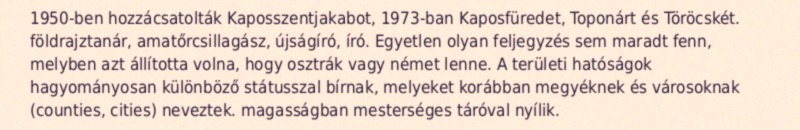
1950-ben hozzácsatolták Kaposszentjakabot, 1973-ban Kaposfüredet, Toponárt és Töröcskét. földrajztanár, amatőrcsillagász, újságíró, író. Egyetlen olyan feljegyzés sem maradt fenn, melyben azt állította volna, hogy osztrák vagy német lenne. A területi hatóságok hagyományosan különböző státusszal bírnak, melyeket korábban megyéknek és városoknak (counties, cities) neveztek. magasságban mesterséges táróval nyílik.